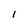
Character: I